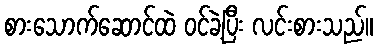
စားသောက်ဆောင်ထဲ ဝင်ခဲ့ပြီး လင်းစားသည်။